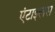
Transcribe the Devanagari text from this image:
एंटाइलस